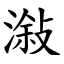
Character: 潊